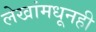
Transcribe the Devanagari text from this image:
लेखांमधूनही